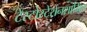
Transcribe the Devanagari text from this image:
टेस्टोस्टेरोनशामिल